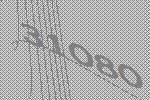
31080